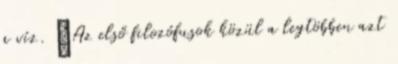
a víz. „Az első filozófusok közül a legtöbben azt